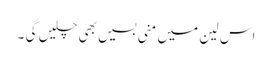
اس لین میں منی بسیں بھی چلیں گی ۔